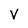
Character: v